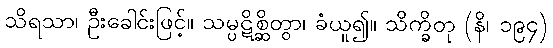
သိရသာ၊ ဦးခေါင်းဖြင့်။ သမ္ပဋိစ္ဆိတွာ၊ ခံယူ၍။ သိက္ခိတု (နိ၊ ၁၉၄)